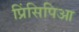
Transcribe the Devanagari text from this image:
प्रिंसिपिआ